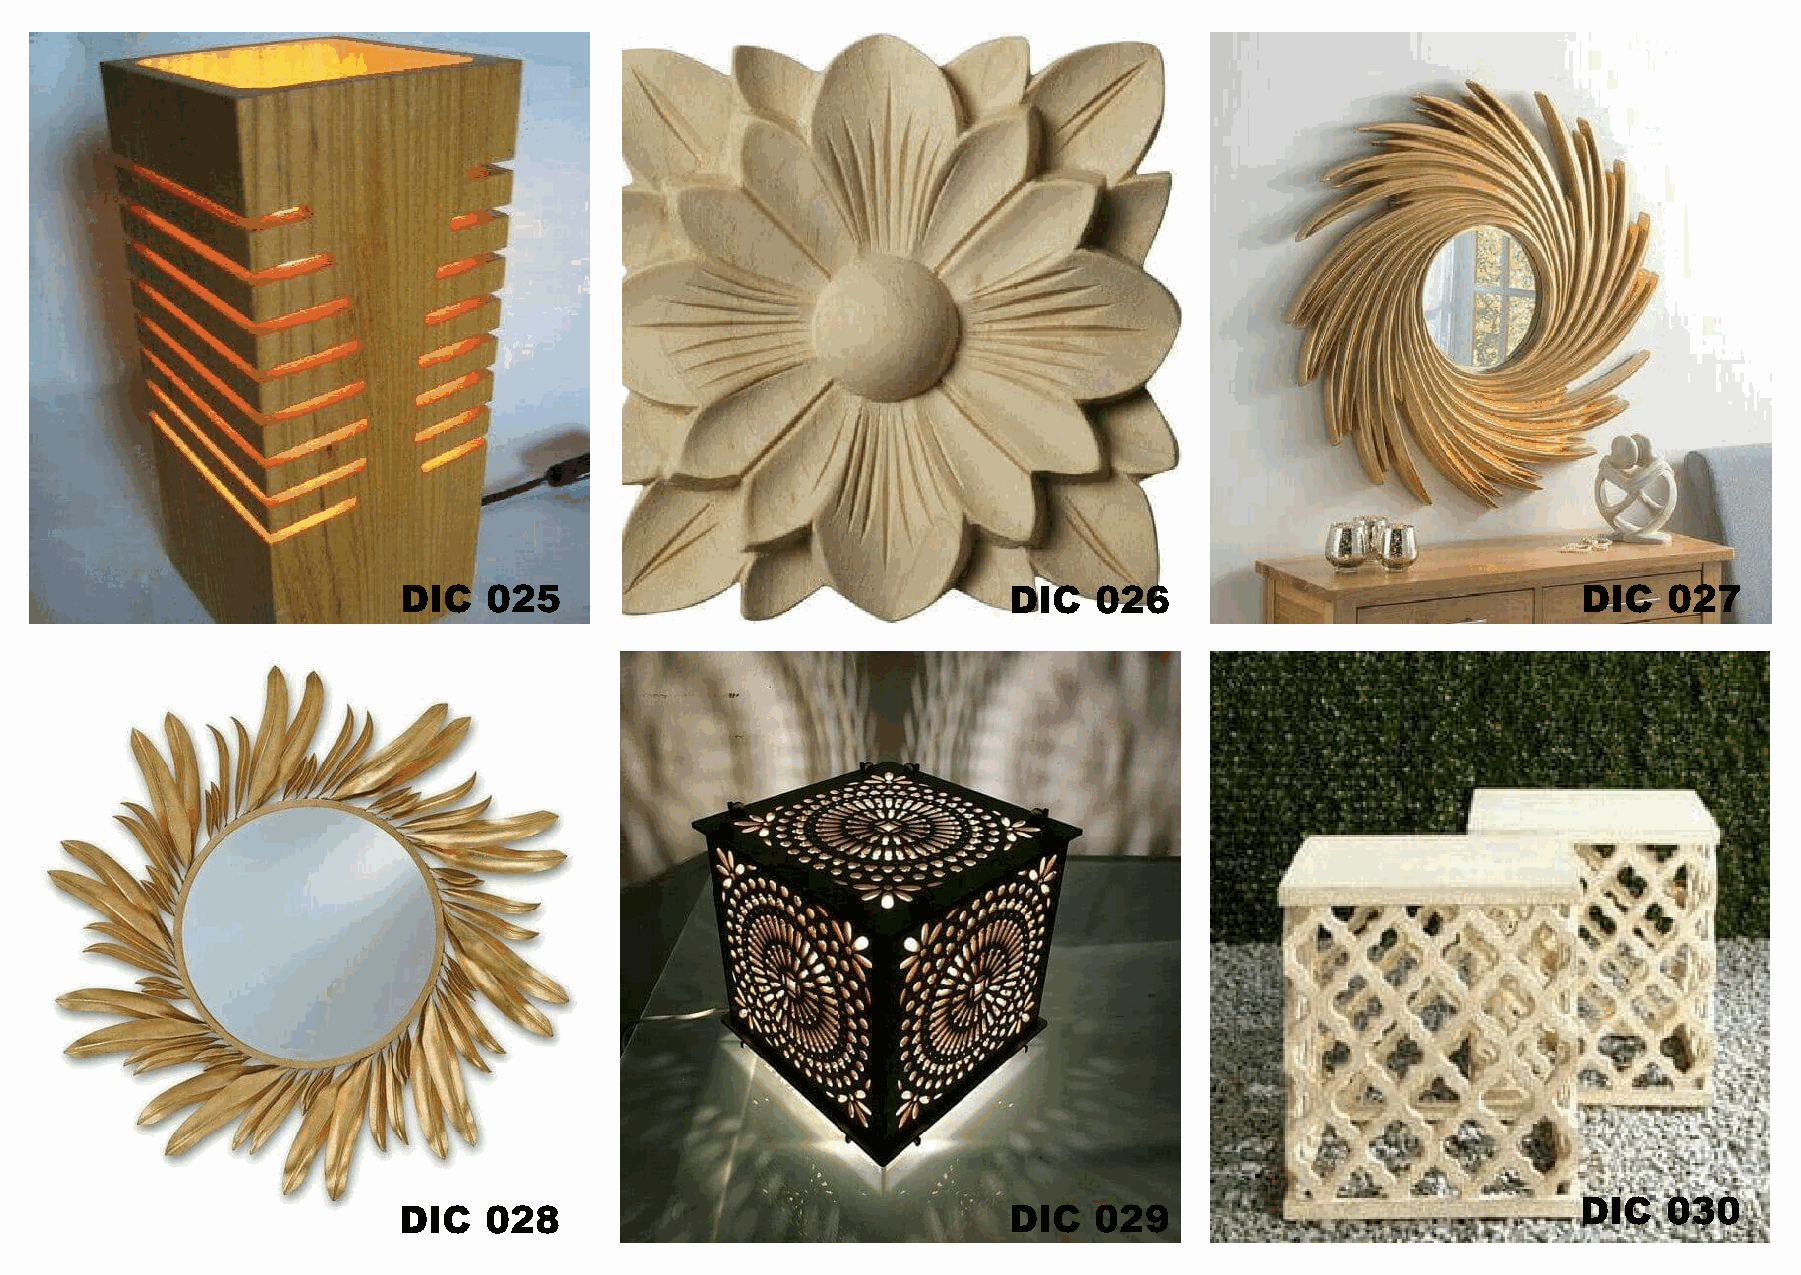
DIC   025                                DIC  026                              DIC  027
 DIC  030
 DIC   028                                DIC  029